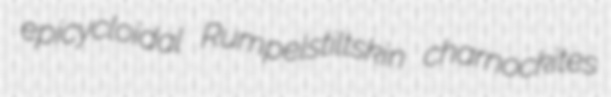
epicycloidal Rumpelstiltskin charnockites